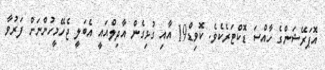
އޮޕަރޭޝަންގެ ހާއްސަ ޑޮކްޓަރެކެވެ. ކޮވިޑް19 އާއި ގުޅިގެން އާދިލްއައީ އެބަލީ ޖެހޭމީހުންނަށް ފަރުވާ